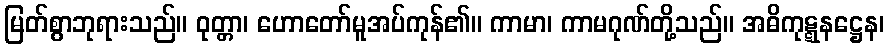
မြတ်စွာဘုရားသည်။ ဝုတ္တာ၊ ဟောတော်မူအပ်ကုန်၏။ ကာမာ၊ ကာမဂုဏ်တို့သည်။ အဓိကုဋ္ဋနဋ္ဌေန၊